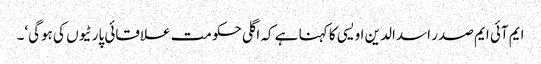
ایم آئی ایم صدر اسدالدین اویسی کا کہنا ہے کہ اگلی حکومت علاقائی پارٹیوں کی ہوگی‘۔